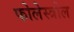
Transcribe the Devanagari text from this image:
फोलेस्त्रोल